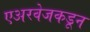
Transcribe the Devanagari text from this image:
एअरवेजकडून